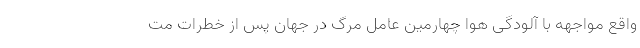
واقع مواجهه با آلودگی هوا چهارمین عامل مرگ در جهان پس از خطرات مت